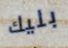
بليك